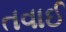
તવાઈ